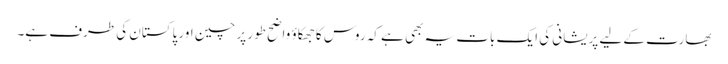
بھارت کے لیے پریشانی کی ایک بات یہ بھی ہے کہ روس کا جھکاؤ واضح طور پر چین اور پاکستان کی طرف ہے۔